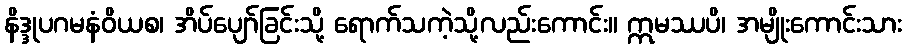
နိဒ္ဒုပဂမနံဝိယစ၊ အိပ်ပျော်ခြင်းသို့ ရောက်သကဲ့သို့လည်းကောင်း။ ဣမဿပိ၊ အမျိုးကောင်းသား